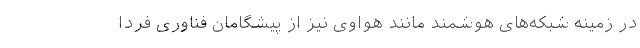
در زمینه شبکه‌های هوشمند مانند هواوی نیز از پیشگامان فناوری فردا